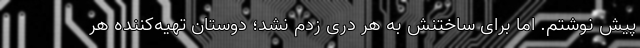
پیش نوشتم. اما برای ساختنش به هر دری زدم نشد؛ دوستان تهیه‌کننده هر